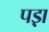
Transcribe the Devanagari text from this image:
पड़़ा